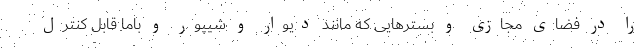
را در فضای مجازی و بسترهایی که مانند دیوار و شیپور و باما قابل کنترل